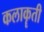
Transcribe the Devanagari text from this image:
कलाकॄती